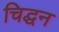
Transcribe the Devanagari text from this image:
चिद्घन